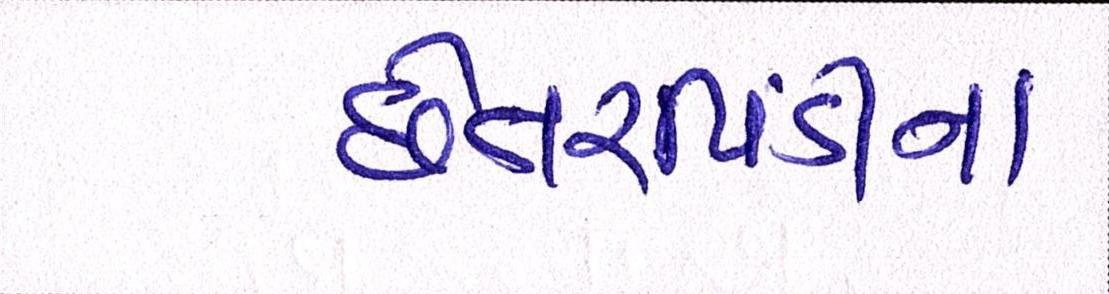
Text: છેતરપિંડીના